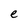
Character: e